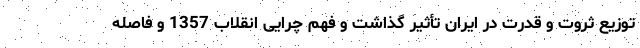
توزیع ثروت و قدرت در ایران تأثیر گذاشت و فهم چرایی انقلاب 1357 و فاصله